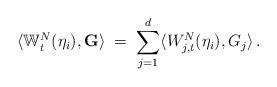
LaTeX: \begin{align*}\langle \mathbb W^N_t (\eta_i), \mathbf G\rangle \;=\; \sum_{j=1}^d \langle W^N_{j,t}(\eta_i) , G_j\rangle\, .\end{align*}